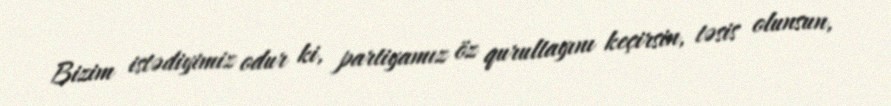
Bizim istədiyimiz odur ki, partiyamız öz qurultayını keçirsin, təsis olunsun,